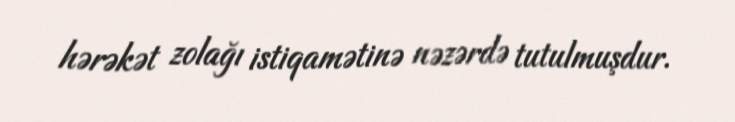
hərəkət zolağı istiqamətinə nəzərdə tutulmuşdur.